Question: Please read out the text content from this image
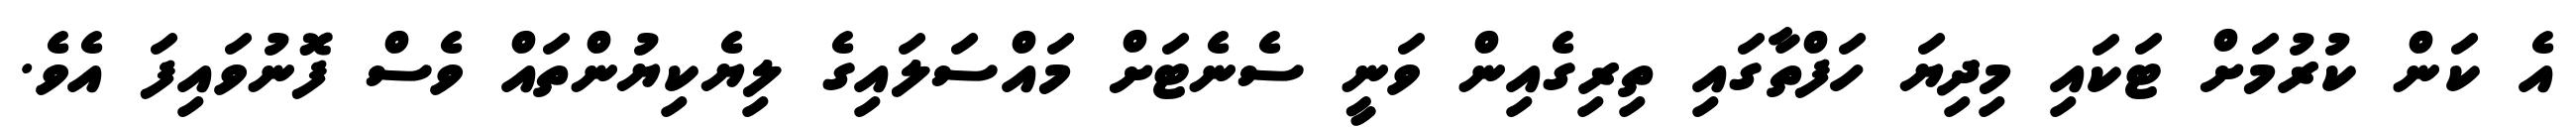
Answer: އެ ކަން ކުރުމަށް ޓަކައި މިދިޔަ ހަފްތާގައި ތިރިގެއިން ވަނީ ސެނެޓަށް މައްސަލައިގެ ލިޔެކިޔުންތައް ވެސް ފޮނުވައިފަ އެވެ.